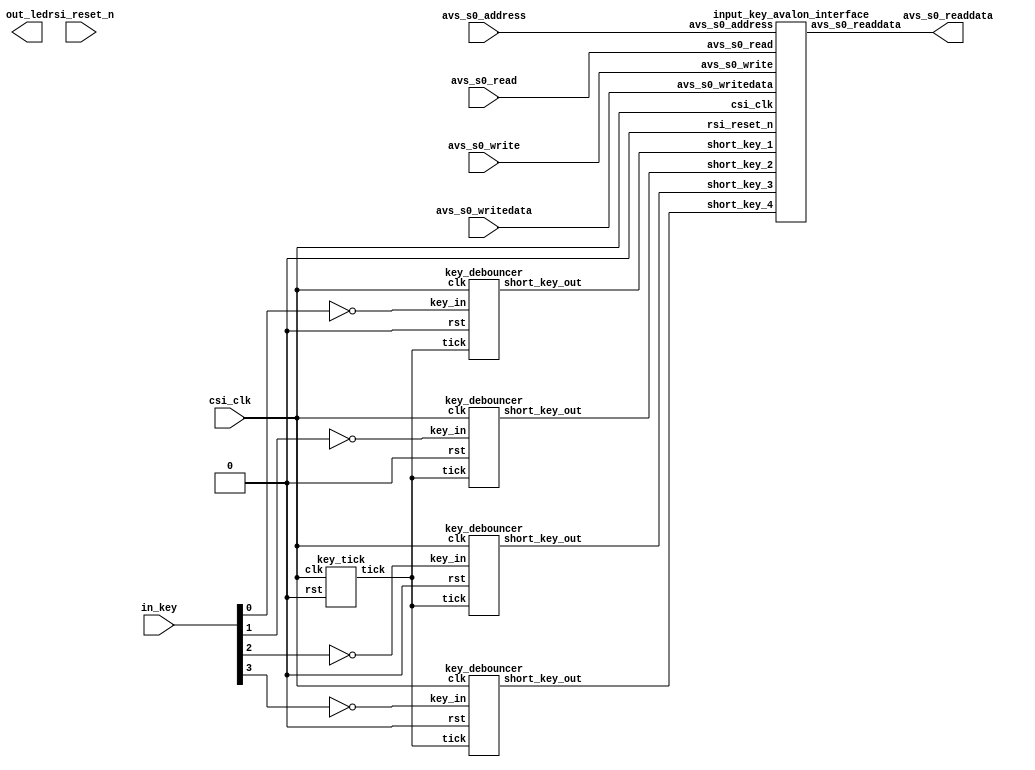
module keyInput(
	input csi_clk,
	input rsi_reset_n,
	
	// Avalon MM
	
	input avs_s0_write,
	input avs_s0_read,
	input[3:0] avs_s0_address,
	input[31:0] avs_s0_writedata,
	
	output[31:0] avs_s0_readdata,
	
	// Output 
	input[3:0] in_key,
	output[3:0] out_led
);

localparam LEN = 4;

wire in_rst = 0;
wire tick;

wire short_key[LEN - 1:0];

key_tick kT(.clk(csi_clk),
	 	 	   .rst(in_rst),
	  
			   .tick(tick)
);

key_debouncer kD0(.clk(csi_clk),
					  .rst(in_rst),
	
					  .tick(tick),
	
					  .key_in(~in_key[0]),
					  .short_key_out(short_key[0])
);

key_debouncer kD1(.clk(csi_clk),
					  .rst(in_rst),
	
					  .tick(tick),
	
					  .key_in(~in_key[1]),
					  .short_key_out(short_key[1])
);


key_debouncer kD2(.clk(csi_clk),
					  .rst(in_rst),
	
					  .tick(tick),
	
					  .key_in(~in_key[2]),
					  .short_key_out(short_key[2])
);


key_debouncer kD3(.clk(csi_clk),
					  .rst(in_rst),
	
					  .tick(tick),
	
					  .key_in(~in_key[3]),
					  .short_key_out(short_key[3])
);

input_key_avalon_interface iD(.csi_clk(csi_clk),
										.rsi_reset_n(in_rst),

										.avs_s0_write(avs_s0_write),
										.avs_s0_read(avs_s0_read),
										.avs_s0_address(avs_s0_address),
										.avs_s0_writedata(avs_s0_writedata),
			
										.avs_s0_readdata(avs_s0_readdata),
	
	
										.short_key_1(short_key[0]),
									   .short_key_2(short_key[1]),
										.short_key_3(short_key[2]),
										.short_key_4(short_key[3])

);


endmodule


module input_key_avalon_interface#(
	parameter LEN = 4
)(
	input csi_clk,
	input rsi_reset_n,
	
	// Avalon
	
	input avs_s0_write,
	input avs_s0_read,
	input[3:0] avs_s0_address,
	input[31:0] avs_s0_writedata,
	
	output reg[31:0] avs_s0_readdata,
	
	// Input
	
	input short_key_1,
	input short_key_2,
	input short_key_3,
	input short_key_4

);

reg f_key[LEN - 1:0];
reg n_key[LEN - 1:0];

integer n = 0;

always@(posedge csi_clk or posedge rsi_reset_n)begin
	if(rsi_reset_n) begin
		for(n = 0; n< LEN ; n = n + 1) f_key[n] <= 0;
	end
	else begin
		for(n = 0; n< LEN ; n = n + 1) f_key[n] <= n_key[n];
	end
	
end

always@(*)begin
	
	
	avs_s0_readdata = 0;
	
	if(avs_s0_read)
		case(avs_s0_address)
			0: avs_s0_readdata = 64;
			1: begin
				avs_s0_readdata = f_key[0];
			end
			2: begin
				avs_s0_readdata = f_key[1];
			end
			3: begin
				avs_s0_readdata = f_key[2];
			end
			4: begin
				avs_s0_readdata = f_key[3];
			end
			default:;
			
		endcase
		
	
	
end

always@(*)begin
	for(n = 0; n< LEN ; n = n + 1) n_key[n] = f_key[n];
	
	if(avs_s0_write)
		case(avs_s0_address)
			1: begin
				n_key[0] = 0;
			end
			2: begin
				n_key[1] = 0;
			end
			3: begin
				n_key[2] = 0;
			end
			4: begin
				n_key[3] = 0;
			end
			default:;
		endcase	
	
	if(short_key_1) n_key[0] = 1;
	if(short_key_2) n_key[1] = 1;
	if(short_key_3) n_key[2] = 1;
	if(short_key_4) n_key[3] = 1;
end

endmodule

module key_debouncer#(
	parameter MIN_LEVEL = 64,
	parameter MAX_LEVEL = 192

)(
	input clk,
	input rst,
	
	input tick,
	
	input key_in,
	
	output reg key_out,
	output reg short_key_out
);

reg[7:0] f_tim;
reg[7:0] n_tim;

reg n_key_out = 0;

always@(posedge clk or posedge rst)begin
	if(rst) f_tim <= 0;
	else f_tim <= n_tim;
end

always@(posedge clk or posedge rst)begin
	if(rst) key_out <= 0;
	else key_out <= n_key_out;
end


always@(*)begin
	n_tim = f_tim;

	if(tick)
		if(key_in) begin
			if(f_tim != 255) n_tim = f_tim + 1;
		end else
		begin
			if(f_tim != 0) n_tim = f_tim - 1;
		end
	
end

always@(*)begin
	n_key_out = key_out;
	
	short_key_out = 0;
	
	if(~key_out & f_tim > MAX_LEVEL) begin
		n_key_out = 1;
		short_key_out = 1;
	end
	if(key_out & f_tim < MIN_LEVEL) n_key_out = 0;
	
end

endmodule


module key_tick#(
	parameter MAX_TIM = 4095
)(
	input clk,
	input rst,
	
	output reg tick
);

reg[11:0] f_tim;
reg[11:0] n_tim;

always@(posedge clk or posedge rst)
	if(rst) f_tim <= 0;
	else f_tim <= n_tim;
	
always@(*)begin
	n_tim = f_tim + 1;
	tick = 0;
	
	if(f_tim == MAX_TIM) begin
		n_tim = 0;
		tick = 1;
	end
	
end

endmodule